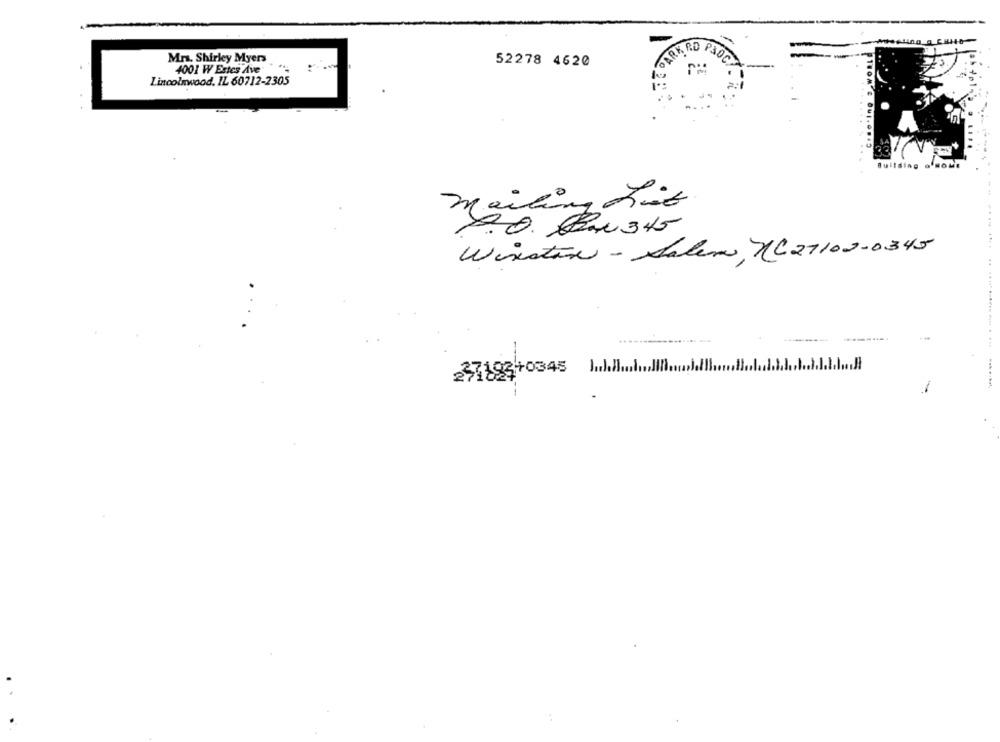
ARD P
Mrs. Shirley Myers
52278 4620
4001 W Estes Ave
Lincolnwood, IL 60712-2305
Buildla
mailing hit
D. O. Box 3 15
Winston - Salem, NC 27102-0345
Jull
......... A
237823+0345